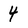
Character: 4